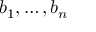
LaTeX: b _ { 1 } , \ldots , b _ { n }